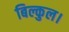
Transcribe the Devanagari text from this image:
बिल्कुल।